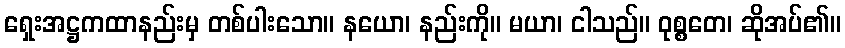
ရှေးအဋ္ဌကထာနည်းမှ တစ်ပါးသော။ နယော၊ နည်းကို။ မယာ၊ ငါသည်။ ဝုစ္စတေ၊ ဆိုအပ်၏။